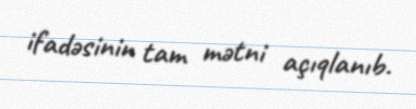
ifadəsinin tam mətni açıqlanıb.